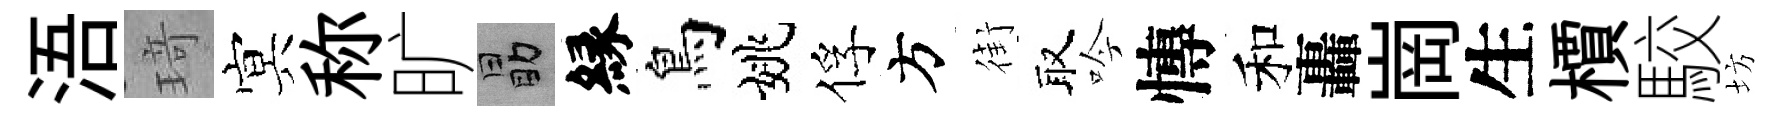
浯𤦺㝠称旷勗縁鳥姚俘方街取吟慱和轟崗生檟駮坊